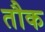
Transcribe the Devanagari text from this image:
तौक